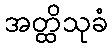
အတ္ထိသုခံ